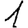
Digit: 1